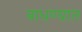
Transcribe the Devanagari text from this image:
बाधण्यात